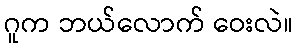
ဂူက ဘယ်လောက် ဝေးလဲ။